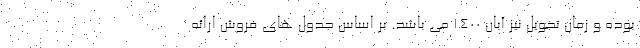
بوده و زمان تحویل نیز آبان 1400 می باشد. بر اساس جدول های فروش ارائه